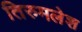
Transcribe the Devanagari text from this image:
तिरुमलेश